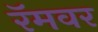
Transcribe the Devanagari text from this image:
रॅमवर